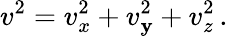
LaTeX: v^{2}=v_{x}^{2}+v_{\mathbf{y}}^{2}+v_{z}^{2}\, .